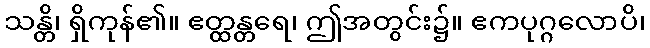
သန္တိ၊ ရှိကုန်၏။ ဧတ္ထန္တရေ၊ ဤအတွင်း၌။ ဧကပုဂ္ဂလောပိ၊